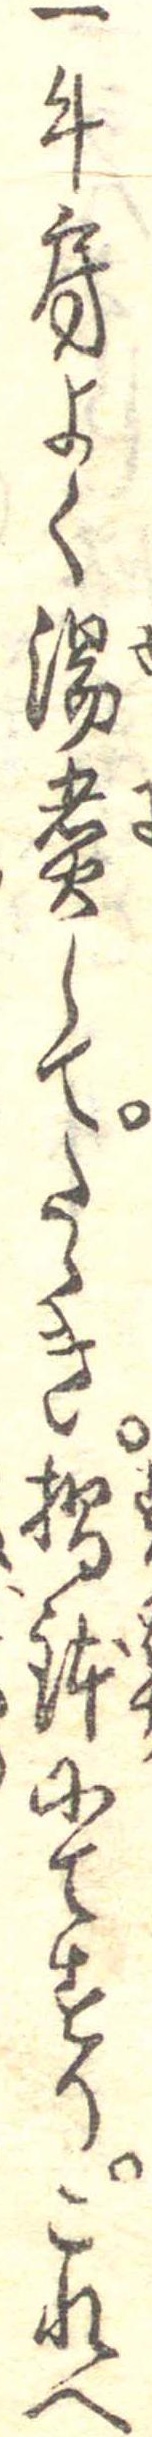
一牛房よく湯煮してたゝき摺鉢にてすりこれへ